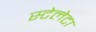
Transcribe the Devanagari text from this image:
स्टेलेटा